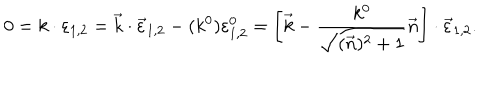
0 = k \cdot \varepsilon _ { 1 , 2 } = \vec { k } \cdot \vec { \varepsilon } _ { 1 , 2 } - ( k ^ { 0 } ) \varepsilon _ { 1 , 2 } ^ { 0 } = \left[ \vec { k } - \frac { k ^ { 0 } } { \sqrt { ( \vec { n } ) ^ { 2 } + 1 } } \vec { n } \right] \cdot \vec { \varepsilon } _ { 1 , 2 } .